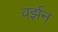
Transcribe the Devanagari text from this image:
वर्झ़न